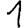
Digit: 1